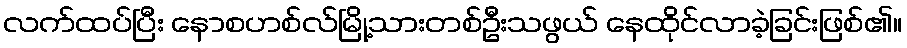
လက်ထပ်ပြီး နောစဟစ်လ်မြို့သားတစ်ဦးသဖွယ် နေထိုင်လာခဲ့ခြင်းဖြစ်၏။